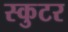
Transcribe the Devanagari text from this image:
स्कुटर